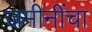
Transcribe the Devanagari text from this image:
जमीनींचा